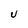
Character: U